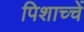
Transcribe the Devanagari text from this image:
पिशाच्चें